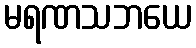
မရဏသဘယေ